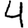
Digit: 4